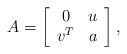
\begin{align*}A=\left[\begin{array}[c]{cc}0 & u\\v^{T} & a\end{array}\right] ,\end{align*}